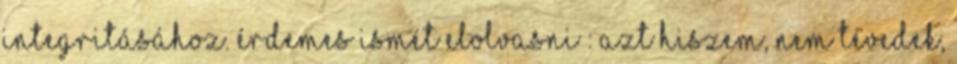
integritásához. Érdemes ismét elolvasni : Azt hiszem, nem tévedek,